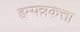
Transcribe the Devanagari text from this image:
हम्पन्नकत्ता